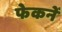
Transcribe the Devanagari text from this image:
फेकनें